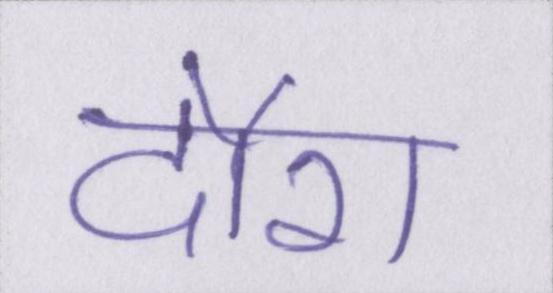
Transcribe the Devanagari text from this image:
दौरा